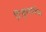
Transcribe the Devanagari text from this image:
टिकुलाहिया